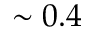
\sim 0 . 4